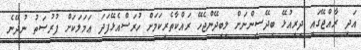
އަދި ރާއްޖޭގައި ދިރިއުޅޭ ބިދޭސީންނަށް ލިބިދޭންޖެހޭ ރައްކާތެރިކަމަށް ހުރަސްއެޅޭފަދަ ޢަމަލަކަށް ފުރުޞަތު ނުދޭނެ